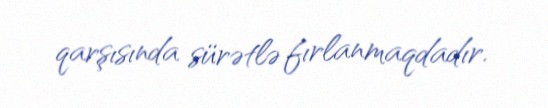
qarşısında sürətlə fırlanmaqdadır.